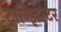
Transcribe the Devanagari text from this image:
ट्रान्झिस्टर